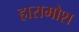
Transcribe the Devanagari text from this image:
हारामोश